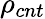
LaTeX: \rho_{cnt}